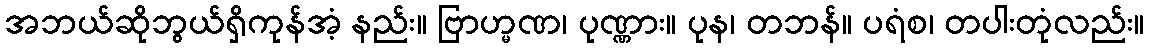
အဘယ်ဆိုဘွယ်ရှိကုန်အံ့ နည်း။ ဗြာဟ္မဏ၊ ပုဏ္ဏား။ ပုန၊ တဘန်။ ပရံစ၊ တပါးတုံလည်း။